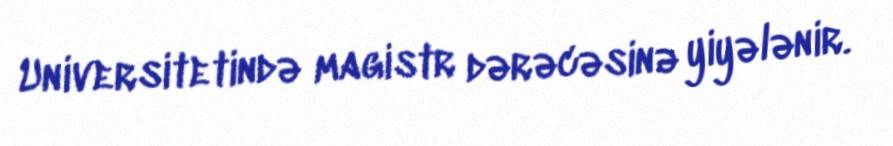
Universitetində magistr dərəcəsinə yiyələnir.